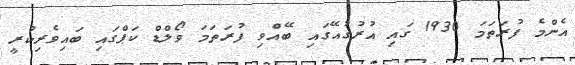
އެންމެ ފުރަތަމަ 1930 ގައި އުރުގުއޭގައި ބޭއްވި ފުރަތަމަ ވޯލްޑް ކަޕްގައި ބައިވެރިކުރީ